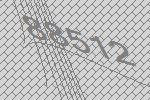
88512